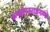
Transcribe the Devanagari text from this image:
आयझेनश्टाडमध्ये